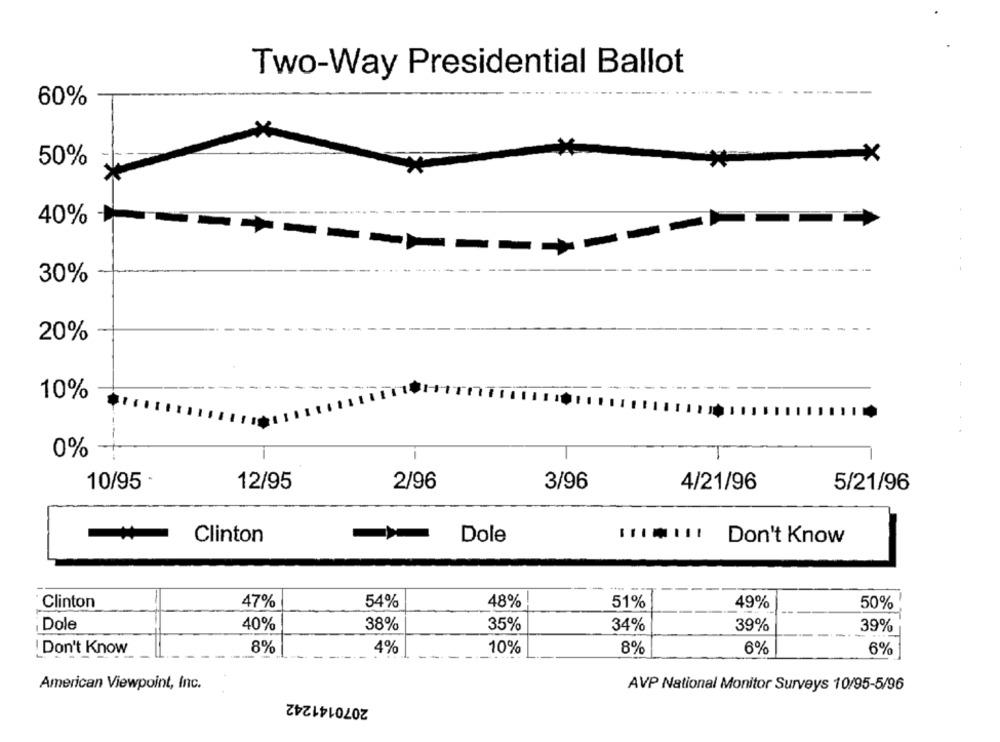
Two-Way Presidential Ballot
60%
×
50%
40%
30%
20%
10%
--
0%
10/95 -
12/95
2/96
3/96
4/21/96
5/21/96
Clinton
-
Dole
Don't Know
Clinton
47%
54%
48%
51%
49%
50%
¡ Dole
40%
38%
35%
34%
39%
39%
Don't Know
8%
4%
10%
8%
6%
6%
American Viewpoint, Inc.
AVP National Monitor Surveys 10/95-5/96
2070141242